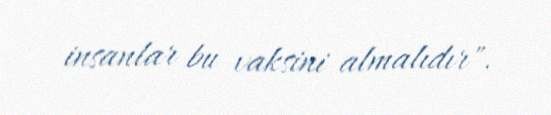
insanlar bu vaksini almalıdır".